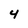
Character: 4